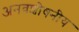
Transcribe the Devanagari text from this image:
अनवशोषनीय